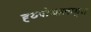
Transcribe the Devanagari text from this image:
ह्य्पोथालामुस